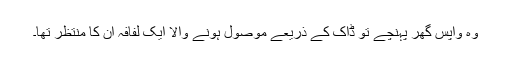
وہ واپس گھر پہنچے تو ڈاک کے ذریعے موصول ہونے والا ایک لفافہ ان کا منتظر تھا۔